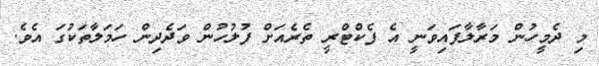
މި ދެމީހުން މަރާލާފައިވަނީ އެ ފެކްޓްރީ ތެރެއަށް ފުލުހުން ވަދެދިން ހަމަލާތަކުގަ އެވެ.